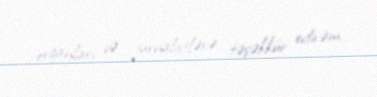
orqanları və jurnalistlərə təşəkkür edirəm.